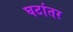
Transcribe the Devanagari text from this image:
घटांतर